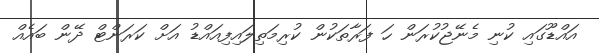
އައްޑޫގައި ކުނި މެނޭޖުކުރަން ހަ ފަރާތަކުން ކުރިމަތިލައިފިއައްޑު އަށް ކަރަންޓް ދޭން ބައެއް